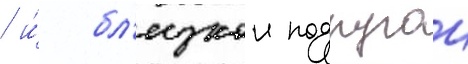
/ и́ бл'изкои подругои